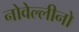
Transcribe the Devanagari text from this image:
नोवेल्लीनो